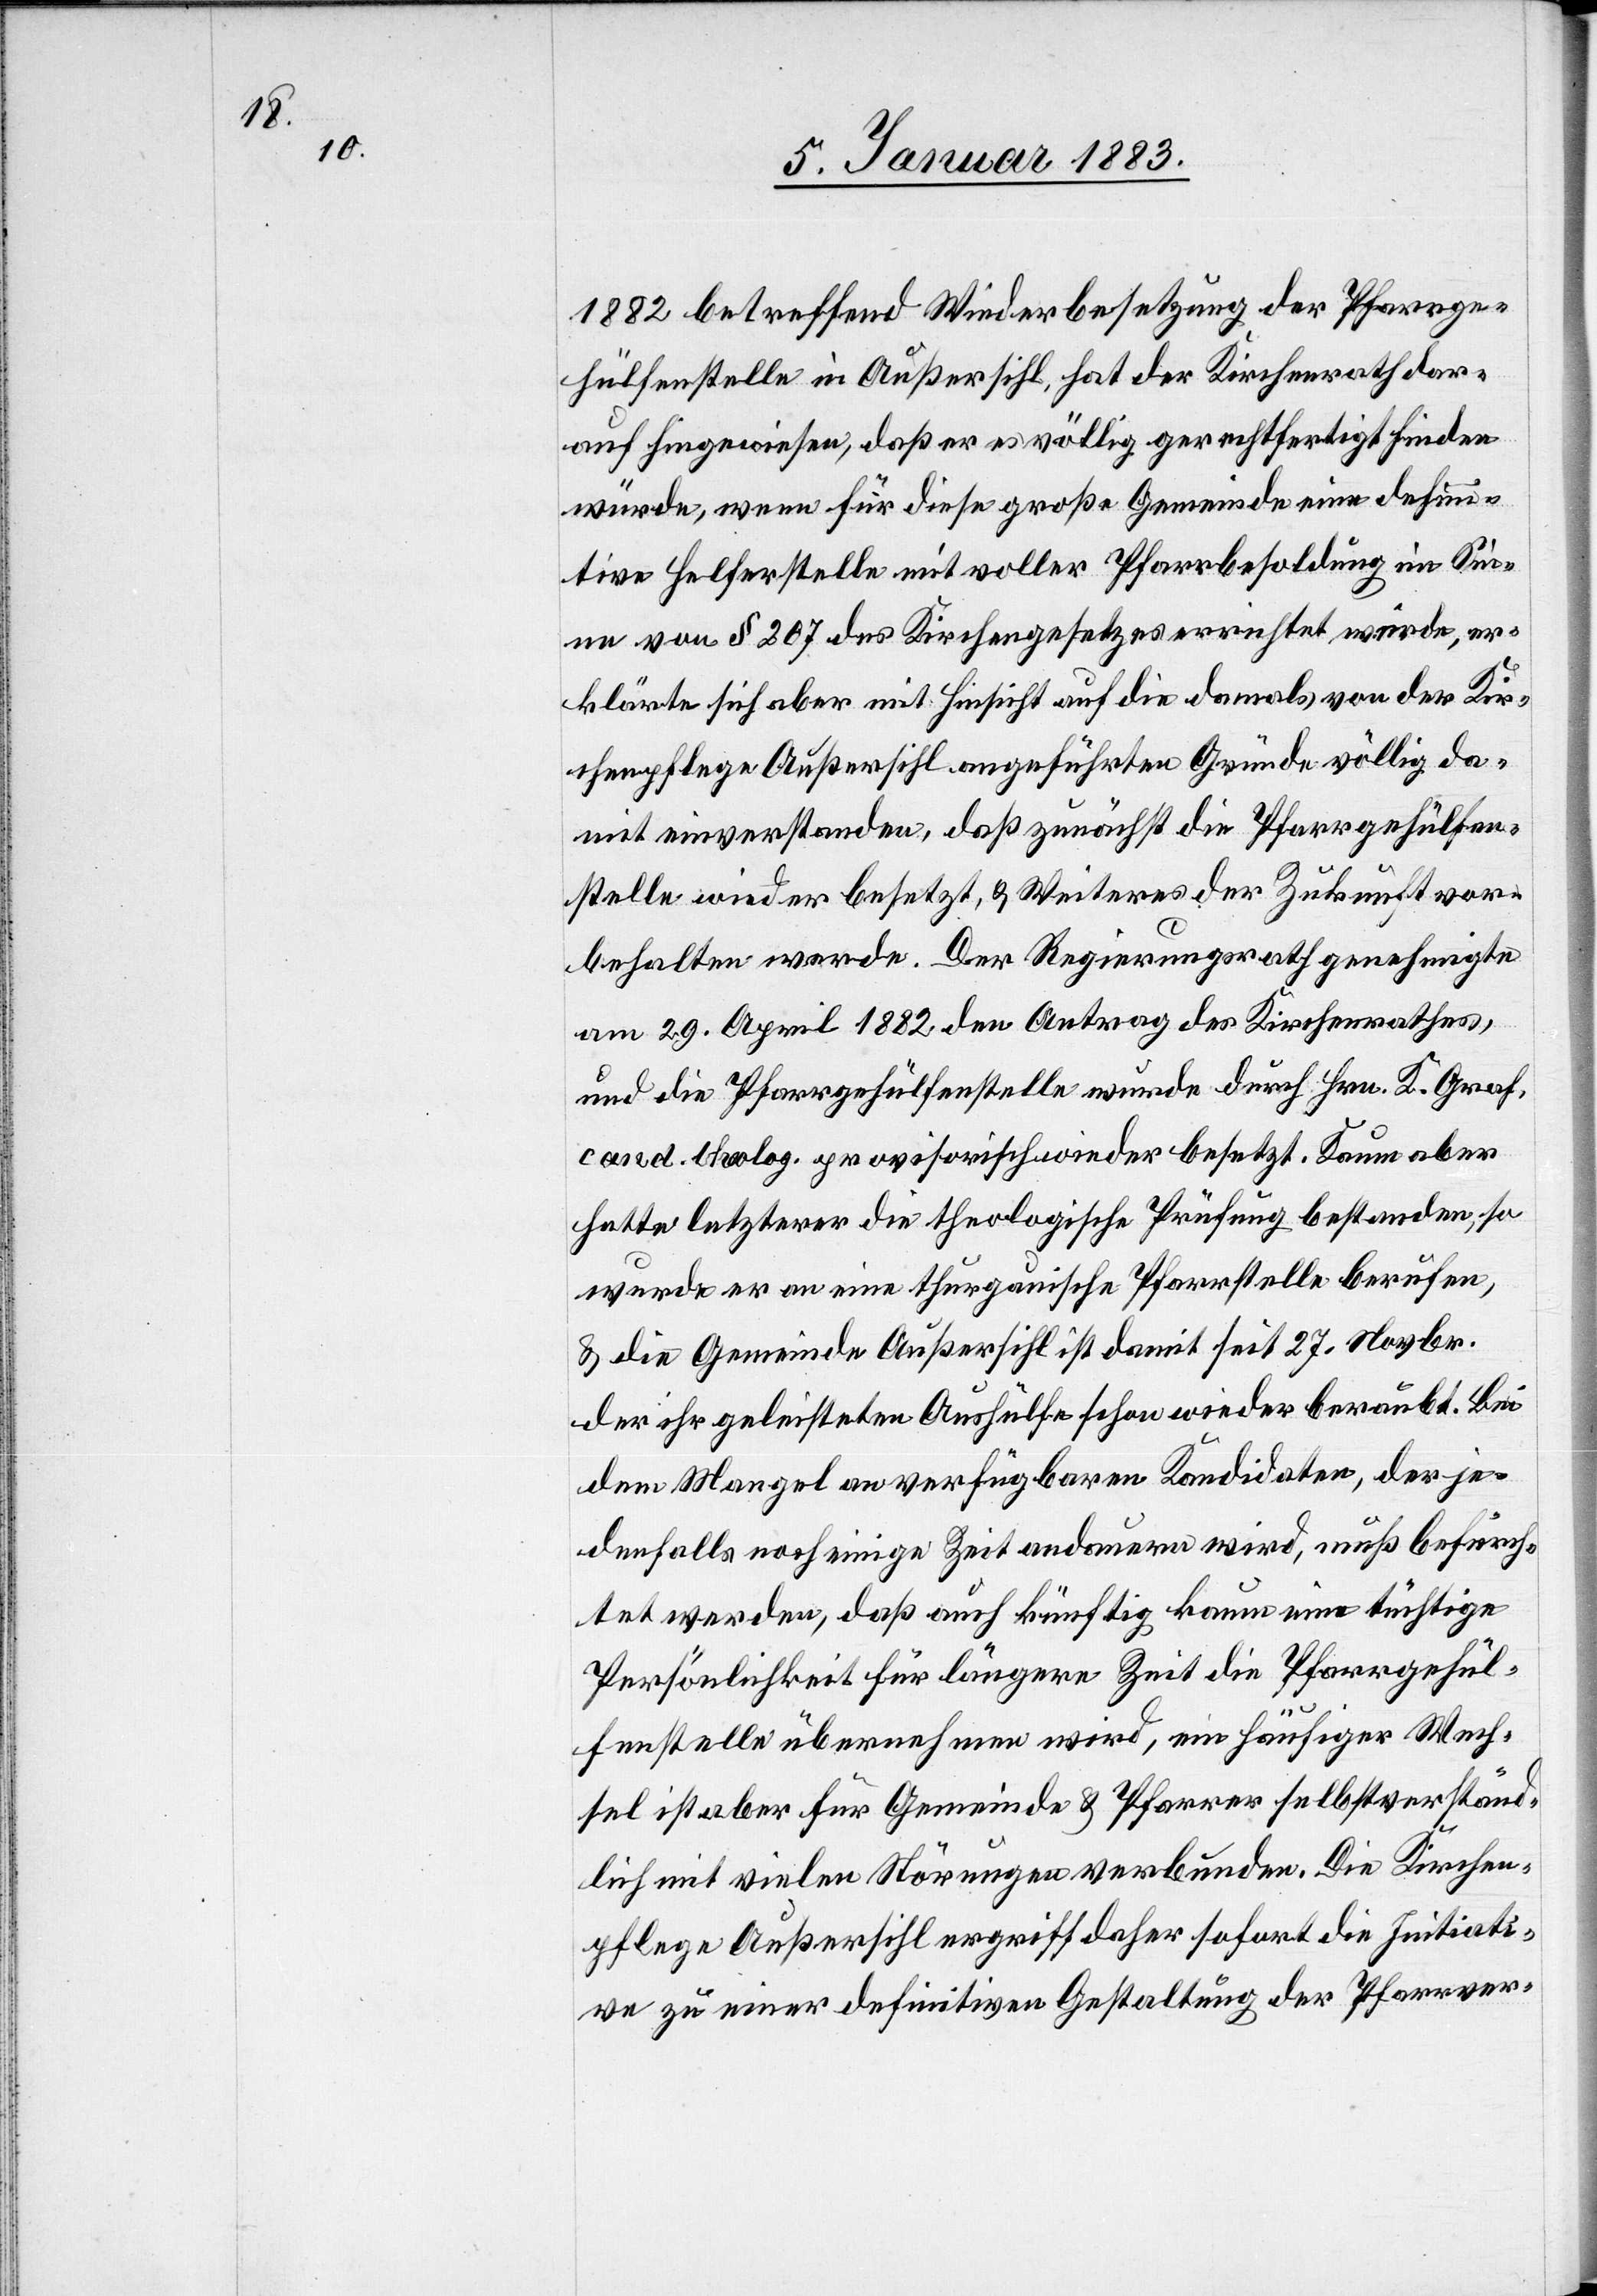
1882 betreffend Wiederbesetzung der Pfarrge¬
hülfenstelle in Außersihl, hat der Kirchenrath dar¬
auf hingewiesen, daß er es völlig gerechtfertigt finden
würde, wenn für die große Gemeinde eine defini¬
tive Helferstelle mit voller Pfarrbesoldung im Sin¬
ne von § 207 des Kirchengesetzes errichtet würde, er¬
klärte sich aber mit Hinsicht auf die damals von der Kir¬
chenpflege Außersihl angeführten Gründe völlig da¬
mit einverstanden, daß zunächst die Pfarrgehülfen¬
stelle wieder besetzt, & Weiteres der Zukunft vor¬
behalten werde. Der Regierungsrath genehmigte
am 29. April 1882 den Antrag des Kirchenrathes,
und die Pfarrgehülfenstelle wurde durch Hrn. K. Graf,
cand. theolog. provisorisch wieder besetzt. Kaum aber
hatte letzterer die theologische Prüfung bestanden, so
wurde er an eine thurgauische Pfarrstelle berufen,
& die Gemeinde Außersihl ist damit seit 27. Novbr.
der ihr geleisteten Aushülfe schon wieder beraubt. Bei
dem Mangel an verfügbaren Kandidaten, der je¬
denfalls noch einige Zeit andauern wird, muß befürch¬
tet werden, daß auch künftig kaum eine tüchtige
Persönlichkeit für längere Zeit die Pfarrgehül¬
fenstelle übernehmen wird, ein häufiger Wech¬
sel ist aber für Gemeinde & Pfarrer selbstverständ¬
lich mit vielen Störungen verbunden. Die Kirchen¬
pflege Außersihl ergriff daher sofort die Initiati¬
ve zu einer definitiven Gestaltung der Pfarrver-